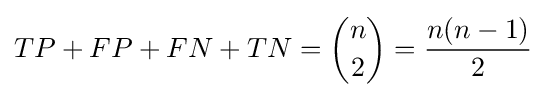
TP+FP+FN+TN={n \choose 2}={\frac {n(n-1)}{2}}